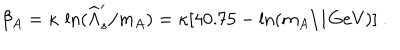
LaTeX: \beta _ { A } = \kappa \, \ln ( \widehat \Lambda _ { s } ^ { \prime } / m _ { A } ) = \kappa [ 4 0 . 7 5 - \ln ( m _ { A } / 1 \mathrm { { G e V } ) ] \ . }